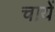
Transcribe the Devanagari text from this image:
चायें